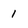
Character: 1